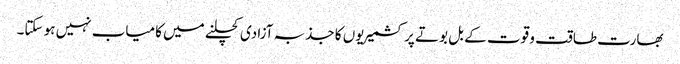
بھارت طاقت و قوت کے بل بوتے پر کشمیریوں کا جذبہ آزادی کچلنے میں کامیاب نہیں ہو سکتا۔